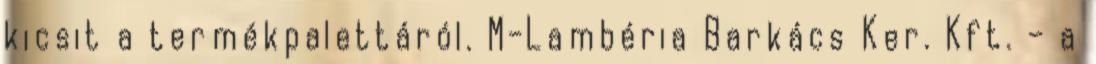
kicsit a termékpalettáról. M-Lambéria Barkács Ker. Kft. – a